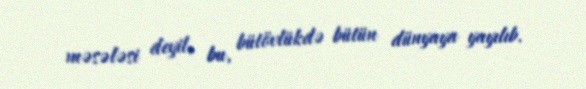
məsələsi deyil, bu, bütövlükdə bütün dünyaya yayılıb.